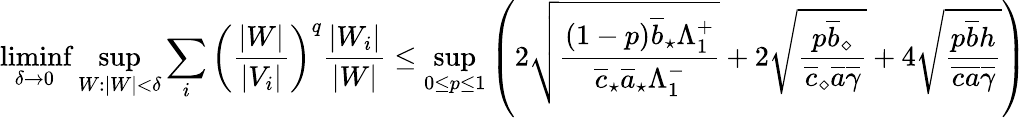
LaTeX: \operatorname*{liminf}_{\delta\to 0}\operatorname*{sup}_{W:|W|<\delta}\sum_{i}\left(\frac{|W|}{|V_{i}|}\right)^{q}\frac{|W_{i}|}{|W|}\leq\operatorname*{sup}_{0\leq p\leq 1}\left(2\sqrt\frac{(1-p)\overline{{b}}_{\star}\Lambda_{1}^{+}}{\overline{{c}}_{\star}\overline{{a}}_{\star}\Lambda_{1}^{-}}+2\sqrt{\frac{p\overline{{b}}_{\diamond}}{\overline{{c}}_{\diamond}\overline{{a}}\overline{{\gamma}}}}+4\sqrt{\frac{p\overline{{b}}h}{\overline{{c}}\overline{{a}}\overline{{\gamma}}}}\right)